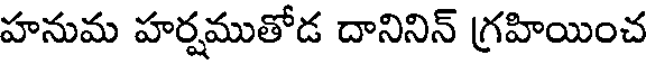
హనుమ హర్షముతోడ దానినిన్ గ్రహియించ